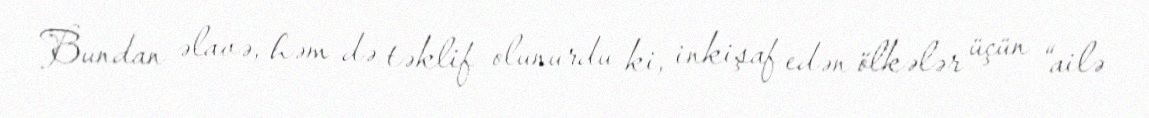
Bundan əlavə, həm də təklif olunurdu ki, inkişaf edən ölkələr üçün “ailə